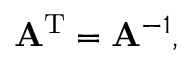
\mathbf { A } ^ { \mathrm { T } } = \mathbf { A } ^ { - 1 } ,